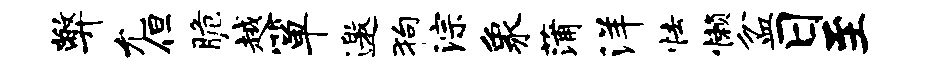
弊允但脆越箪邀狗淙象蒲洋怯懒盆日至